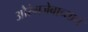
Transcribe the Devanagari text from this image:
औरंगजेबाच्याच